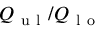
Q _ { \mathrm { ~ u ~ l ~ } } / Q _ { \mathrm { ~ l ~ o ~ } }